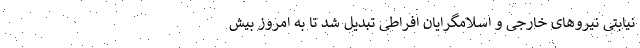
نیابتی نیروهای خارجی و اسلامگرایان افراطی تبدیل شد تا به امروز بیش